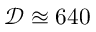
\mathcal { D } \approxeq 6 4 0